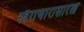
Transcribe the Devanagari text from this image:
स्वैराचारासारखे